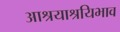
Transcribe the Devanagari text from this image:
आश्रयाश्रयिभाव